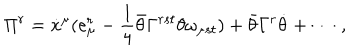
\Pi ^ { r } = \dot { x } ^ { \mu } ( e _ { \mu } ^ { r } - \frac { 1 } { 4 } \bar { \theta } \Gamma ^ { r s t } \theta \omega _ { \mu s t } ) + \bar { \theta } \Gamma ^ { r } \dot { \theta } + \cdots ~ ,